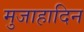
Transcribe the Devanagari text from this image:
मुजाहादिन